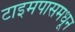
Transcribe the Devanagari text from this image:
टाइमपासमधून